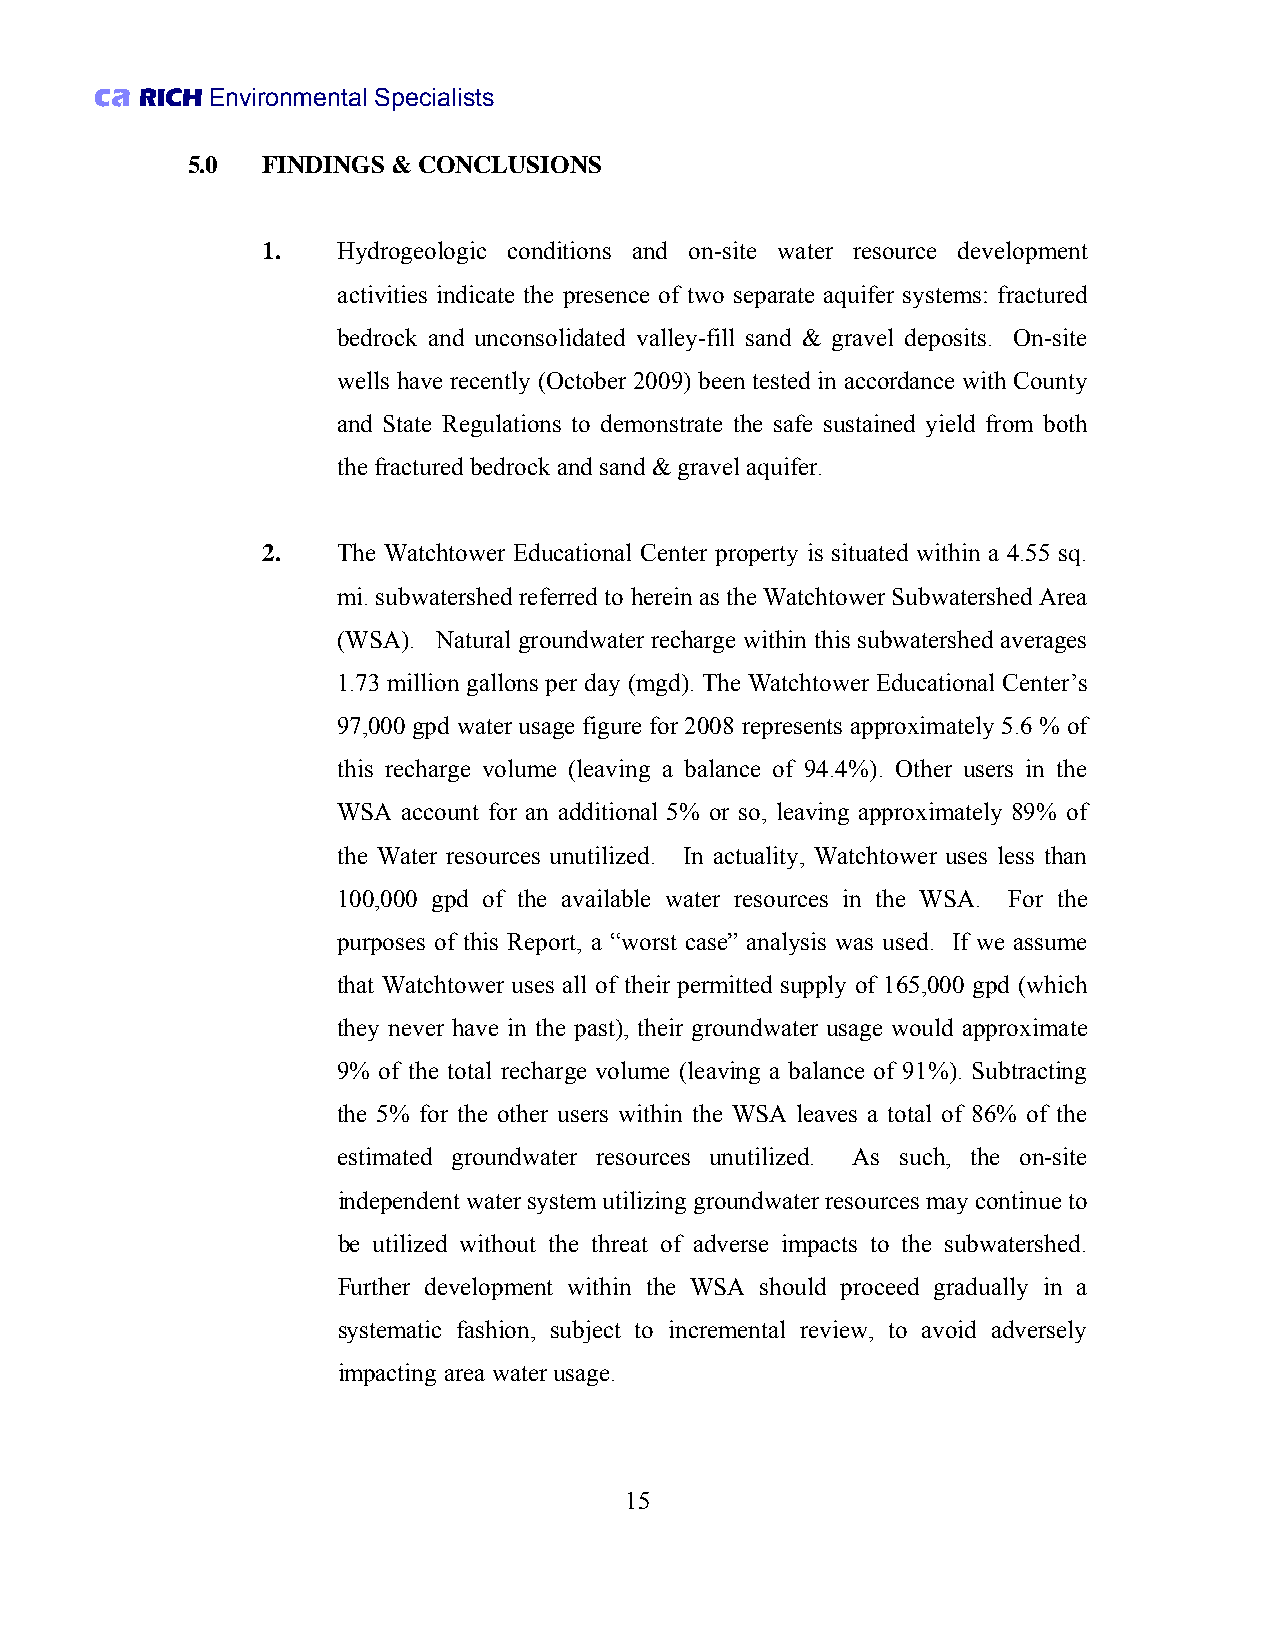
ca RICH Environmental Specialists
 5.0  FINDINGS & CONCLUSIONS
 1.   Hydrogeologic conditions and on-site water resource development
 activities indicate the presence of two separate aquifer systems: fractured
 bedrock and unconsolidated valley-fill sand & gravel deposits. On-site
 wells have recently (October 2009) been tested in accordance with County
 and State Regulations to demonstrate the safe sustained yield from both
 the fractured bedrock and sand & gravel aquifer.
 2.   The Watchtower Educational Center property is situated within a 4.55 sq.
 mi. subwatershed referred to herein as the Watchtower Subwatershed Area
 (WSA). Natural groundwater recharge within this subwatershed averages
 1.73 million gallons per day (mgd). The Watchtower Educational Center’s
 97,000 gpd water usage figure for 2008 represents approximately 5.6 % of
 this recharge volume (leaving a balance of 94.4%). Other users in the
 WSA  account for an additional 5% or so, leaving approximately 89% of
 the Water resources unutilized. In actuality, Watchtower uses less than
 100,000 gpd of the available water resources in the WSA. For the
 purposes of this Report, a “worst case” analysis was used. If we assume
 that Watchtower uses all of their permitted supply of 165,000 gpd (which
 they never have in the past), their groundwater usage would approximate
 9% of the total recharge volume (leaving a balance of 91%). Subtracting
 the 5% for the other users within the WSA leaves a total of 86% of the
 estimated groundwater resources unutilized. As such, the on-site
 independent water system utilizing groundwater resources may continue to
 be utilized without the threat of adverse impacts to the subwatershed.
 Further development within the WSA should proceed gradually in a
 systematic fashion, subject to incremental review, to avoid adversely
 impacting area water usage.
 15